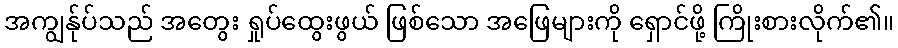
အကျွန်ုပ်သည် အတွေး ရှုပ်ထွေးဖွယ် ဖြစ်သော အဖြေများကို ရှောင်ဖို့ ကြိုးစားလိုက်၏။